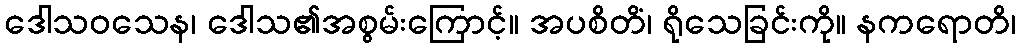
ဒေါသဝသေန၊ ဒေါသ၏အစွမ်းကြောင့်။ အပစိတိံ၊ ရိုသေခြင်းကို။ နကရောတိ၊